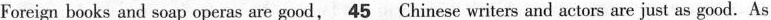
Foreign books and soap operas are good,\underline{45}Chinese writers and actors are just as good. As